65_HS1-834228961_62-HQ-83894_Section_9
Agency: FBI
Page 265
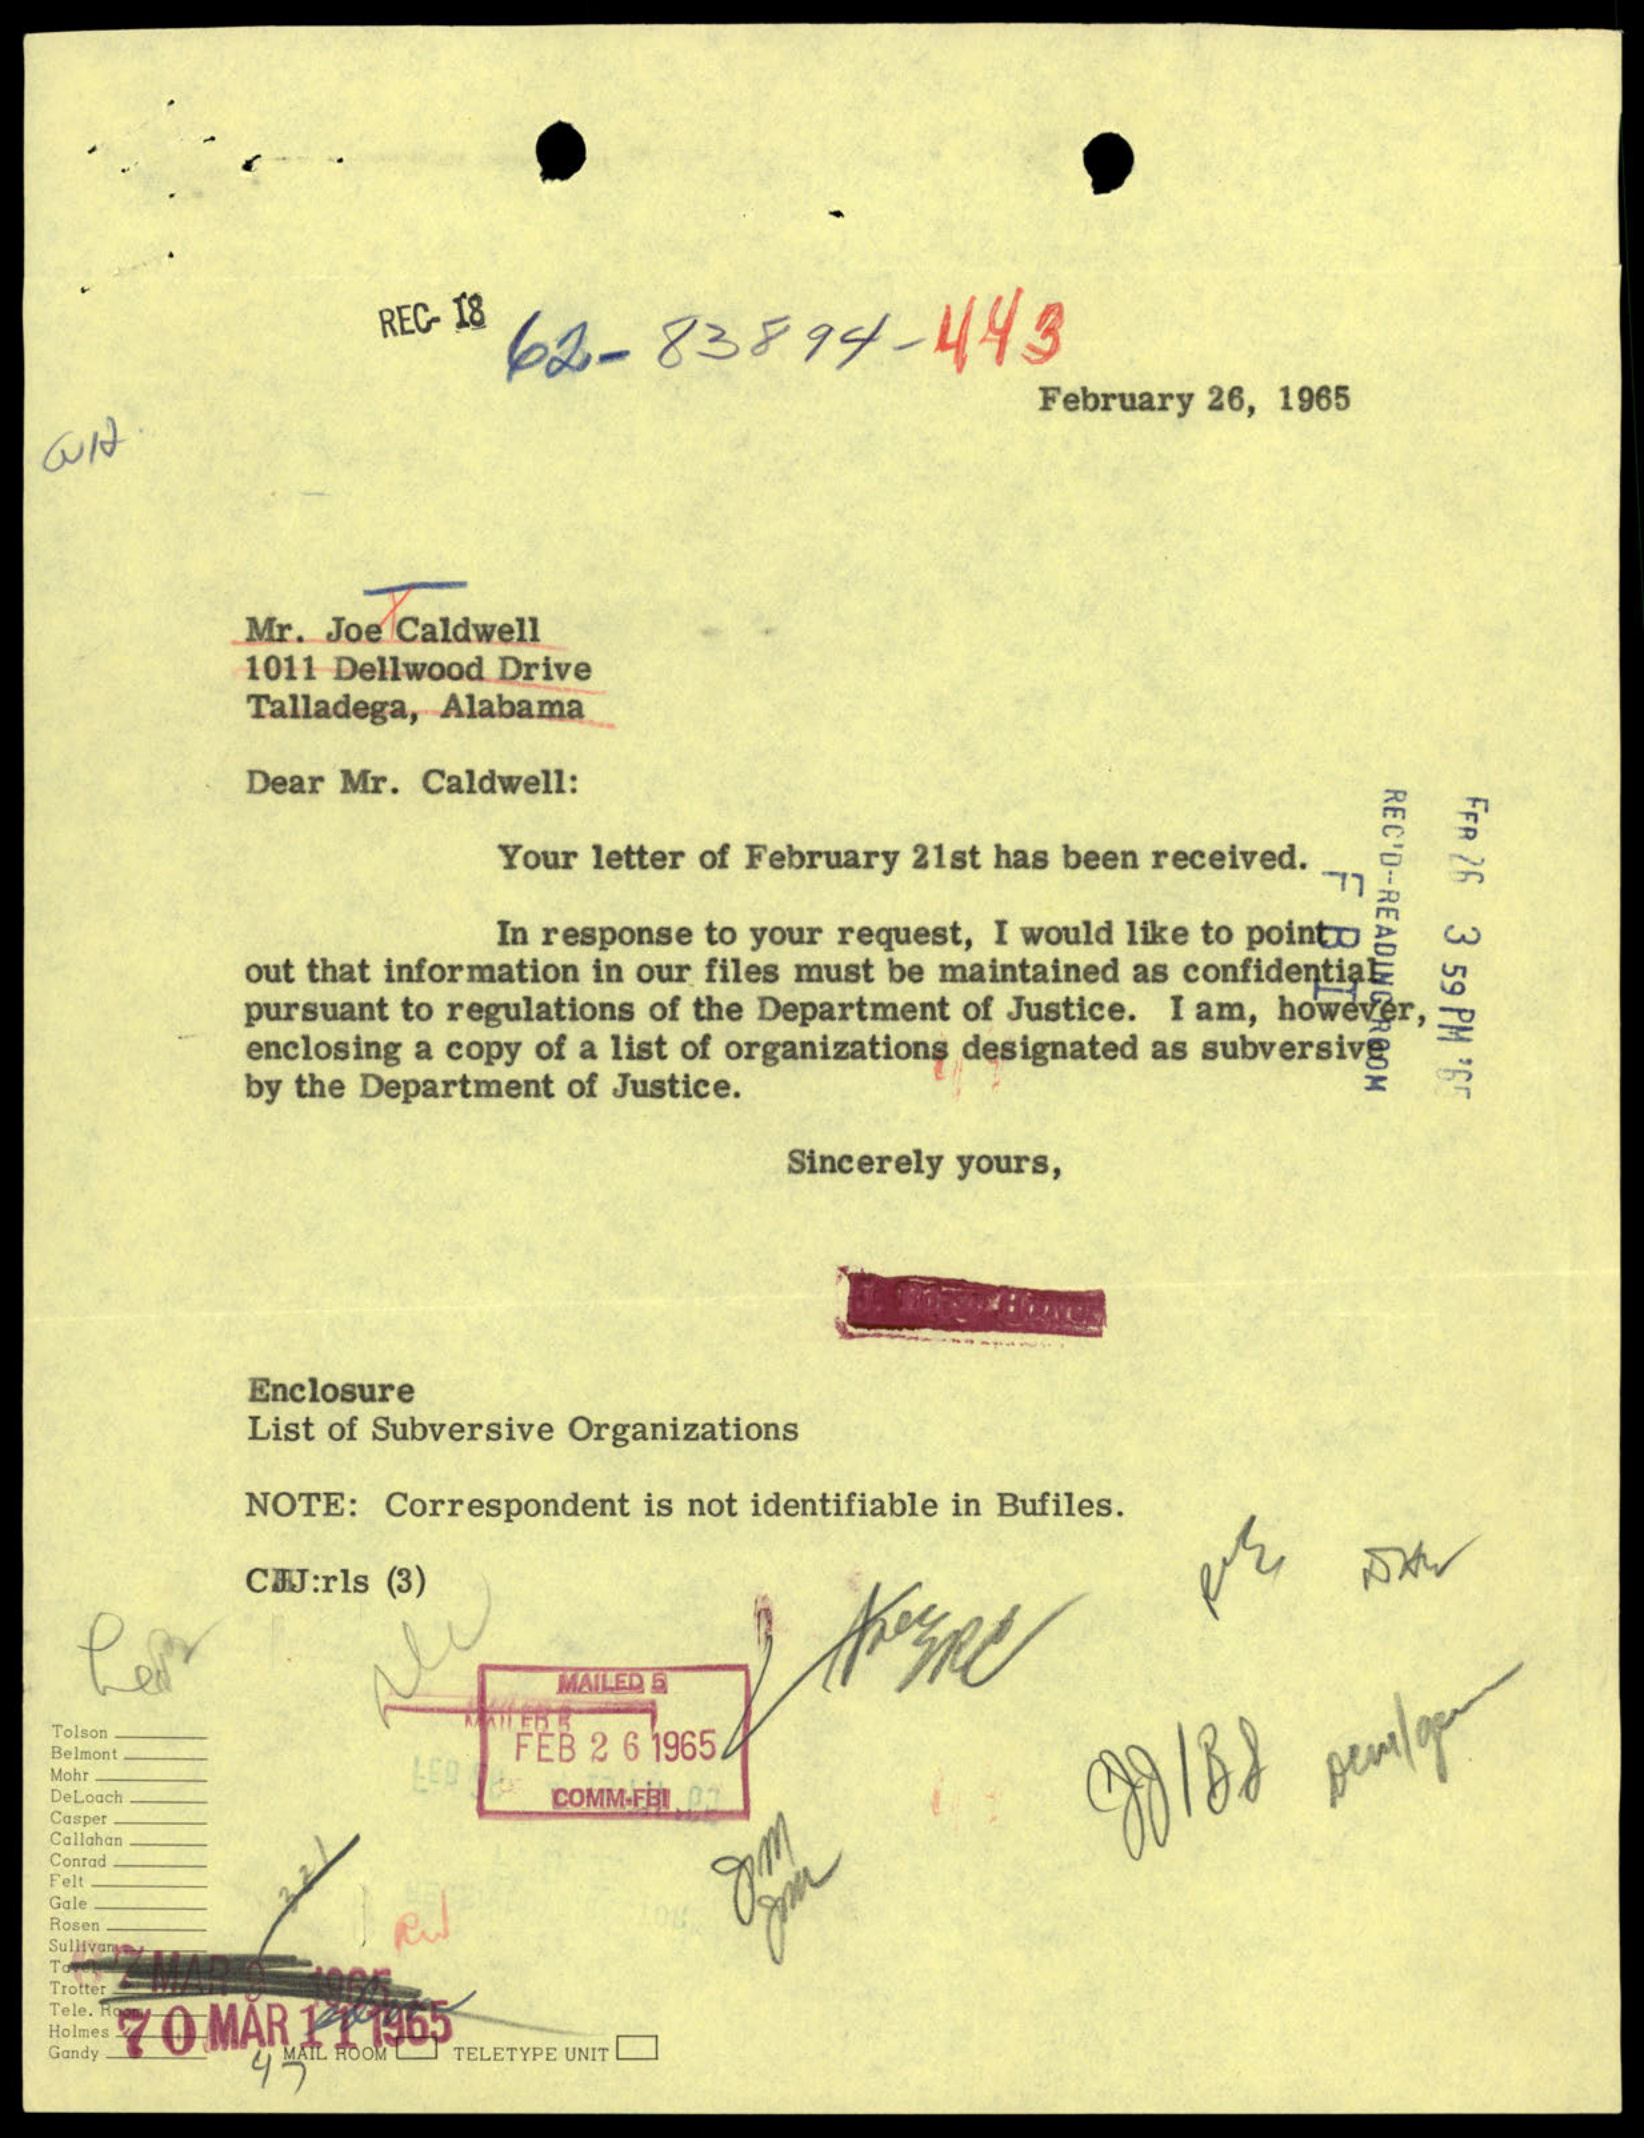